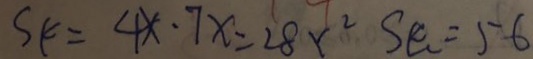
S _ { k } = 4 x \cdot 7 x = 2 8 x ^ { 2 } S k = 5 6